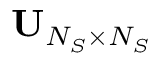
{ \mathbf { U } } _ { N _ { S } \times N _ { S } }